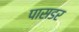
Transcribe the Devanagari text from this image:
पासडर